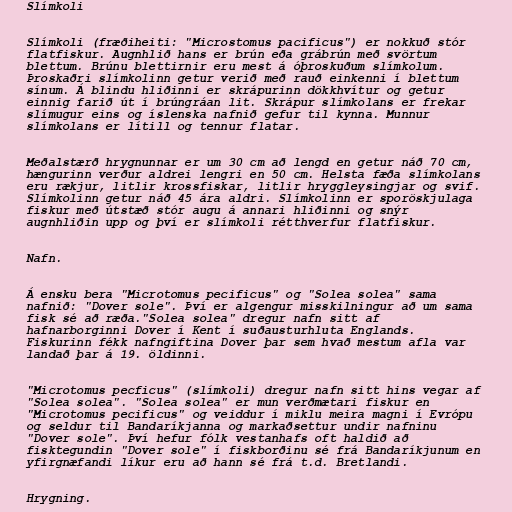
Slímkoli

Slímkoli (fræðiheiti: "Microstomus pacificus") er nokkuð stór
flatfiskur. Augnhlið hans er brún eða grábrún með svörtum
blettum. Brúnu blettirnir eru mest á óþroskuðum slímkolum.
Þroskaðri slímkolinn getur verið með rauð einkenni í blettum
sínum. Á blindu hliðinni er skrápurinn dökkhvítur og getur
einnig farið út í brúngráan lit. Skrápur slímkolans er frekar
slímugur eins og íslenska nafnið gefur til kynna. Munnur
slímkolans er lítill og tennur flatar.

Meðalstærð hrygnunnar er um 30 cm að lengd en getur náð 70 cm,
hængurinn verður aldrei lengri en 50 cm. Helsta fæða slímkolans
eru rækjur, litlir krossfiskar, litlir hryggleysingjar og svif.
Slímkolinn getur náð 45 ára aldri. Slímkolinn er sporöskjulaga
fiskur með útstæð stór augu á annari hliðinni og snýr
augnhliðin upp og því er slímkoli rétthverfur flatfiskur.

Nafn.

Á ensku bera "Microtomus pecificus" og "Solea solea" sama
nafnið: "Dover sole". Því er algengur misskilningur að um sama
fisk sé að ræða."Solea solea" dregur nafn sitt af
hafnarborginni Dover í Kent í suðausturhluta Englands.
Fiskurinn fékk nafngiftina Dover þar sem hvað mestum afla var
landað þar á 19. öldinni.

"Microtomus pecficus" (slímkoli) dregur nafn sitt hins vegar af
"Solea solea". "Solea solea" er mun verðmætari fiskur en
"Microtomus pecificus" og veiddur í miklu meira magni í Evrópu
og seldur til Bandaríkjanna og markaðsettur undir nafninu
"Dover sole". Því hefur fólk vestanhafs oft haldið að
fisktegundin "Dover sole" í fiskborðinu sé frá Bandaríkjunum en
yfirgnæfandi líkur eru að hann sé frá t.d. Bretlandi.

Hrygning.